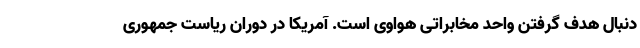
دنبال هدف گرفتن واحد مخابراتی هواوی است. آمریکا در دوران ریاست جمهوری